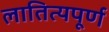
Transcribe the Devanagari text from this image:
लातित्यपूर्ण